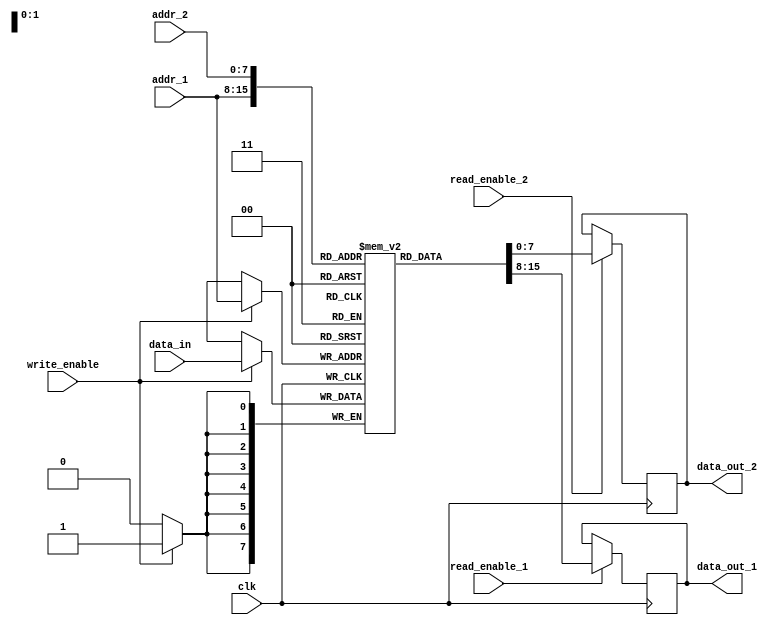
module dual_port_ram(
  input wire clk,
  input wire [7:0] addr_1,
  input wire [7:0] addr_2,
  input wire [7:0] data_in,
  output reg [7:0] data_out_1,
  output reg [7:0] data_out_2,
  input wire write_enable,
  input wire read_enable_1,
  input wire read_enable_2
);

reg [7:0] memory [0:255];

always @(posedge clk) begin
  if(write_enable) begin
    memory[addr_1] <= data_in;
  end
  
  if(read_enable_1) begin
    data_out_1 <= memory[addr_1];
  end

  if(read_enable_2) begin
    data_out_2 <= memory[addr_2];
  end
end

endmodule